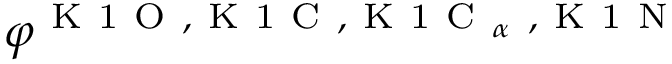
\varphi ^ { \mathrm { ~ K ~ 1 ~ O ~ , ~ K ~ 1 ~ C ~ , ~ K ~ 1 ~ C ~ } _ { \alpha } \mathrm { ~ , ~ K ~ 1 ~ N ~ } }